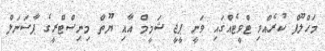
މަހްލޫފް ކުރެއްވި ޓްވީޓެއްގައި ވަނީ ޕީޖީ ޝަމީމް އާއި ޔޫތް މިނިސްޓްރީގެ ޕާސަނަލް